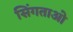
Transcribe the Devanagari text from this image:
सिंगताओ